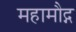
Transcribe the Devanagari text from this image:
महामौद्ग